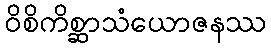
ဝိစိကိစ္ဆာသံယောဇနဿ